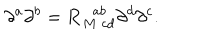
LaTeX: \partial ^ { a } \partial ^ { b } = { \bf R } _ { M \; c d } ^ { \; \; a b } \partial ^ { d } \partial ^ { c } .